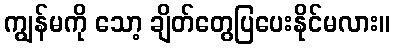
ကျွန်မကို သော့ ချိတ်တွေပြပေးနိုင်မလား။